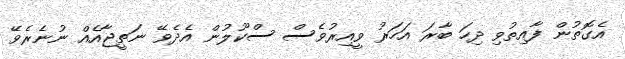
އެގޮތުން ފާއިތުވި ދިހަ ބާރަ އަހަރު ވީއިރުވެސް ސްކޫލުން އެދެވޭ ނަތީޖާއެއް ނުނެރެވޭ